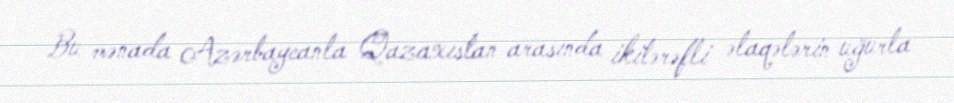
Bu mənada Azərbaycanla Qazaxıstan arasında ikitərəfli əlaqələrin uğurla